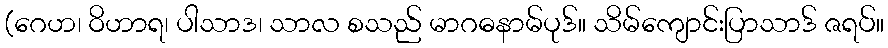
(ဂေဟ၊ ဝိဟာရ၊ ပါသာဒ၊ သာလ စသည် မာဂဓနာမ်ပုဒ်။ သိမ်ကျောင်းပြာသာဒ် ဇရပ်။